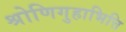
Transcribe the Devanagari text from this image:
श्रोणिगुहाभित्ति